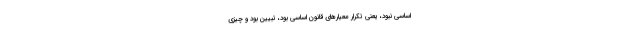
اساسی نبود، یعنی تکرار معیارهای قانون اساسی بود، تبیین بود و چیزی